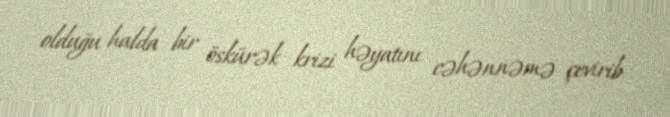
olduğu halda bir öskürək krizi həyatını cəhənnəmə çevirib.